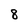
Character: 8